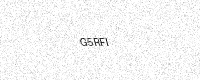
Text: G5RFI